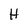
Character: H